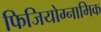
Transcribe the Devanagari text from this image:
फिजियोग्नामिक